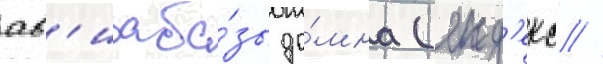
ав'иаба́зы до́мна (янд'екс //